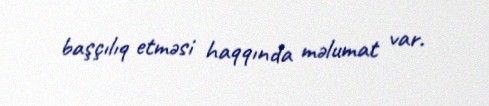
başçılıq etməsi haqqında məlumat var.